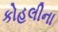
કોહલીના